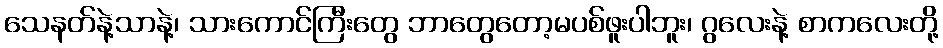
သေနတ်နဲ့သာနဲ့၊ သားကောင်ကြီးတွေ ဘာတွေတော့မပစ်ဖူးပါဘူး၊ ဂွလေးနဲ့ စာကလေးတို့